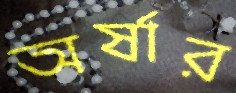
অর্ষার